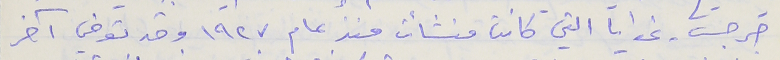
جرجسَ، غوايا التي كانت منشأت منذ عام ١٩٢٧ وقد توفي آخر